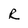
Character: R